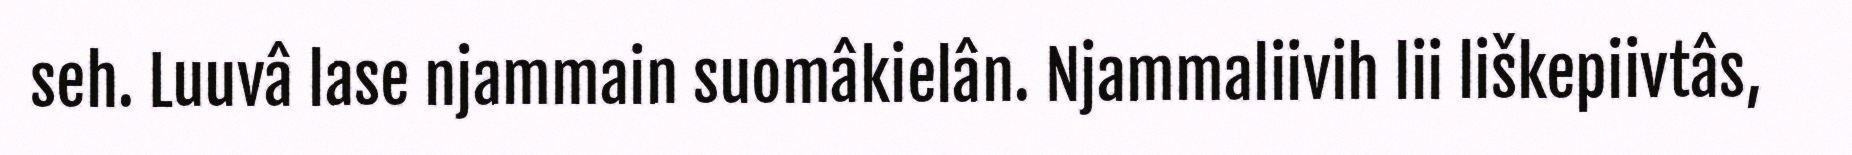
seh. Luuvâ lase njammain suomâkielân. Njammaliivih lii liškepiivtâs,